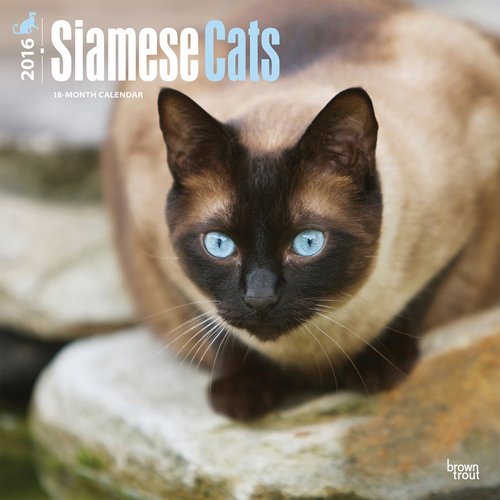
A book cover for Siamese Cats 2016 Square 12x12 (Multilingual Edition); Browntrout Publishers; Calendars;